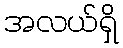
အလယ်ရှိ